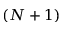
( N + 1 )